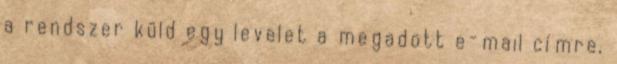
a rendszer küld egy levelet a megadott e-mail címre,